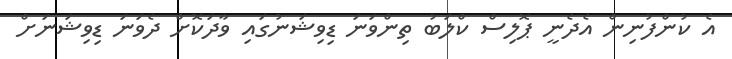
އެ ކުންފުނިން އެދެނީ ޕޮލިސް ކްލަބު ތިންވަނަ ޑިވިޝަނުގައި ވާދަކޮށް ދެވަނަ ޑިވިޝަނަށް